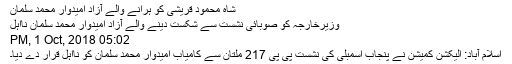
شاہ محمود قریشی کو ہرانے والے آزاد امیدوار محمد سلمان
وزیرخارجہ کو صوبائی نشست سے شکست دینے والے آزاد امیدوار محمد سلمان نااہل
05:02 PM, 1 Oct, 2018
اسلام آباد: الیکشن کمیشن نے پنجاب اسمبلی کی نشست پی پی 217 ملتان سے کامیاب امیدوار محمد سلمان کو نااہل قرار دے دیا۔